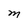
Character: M